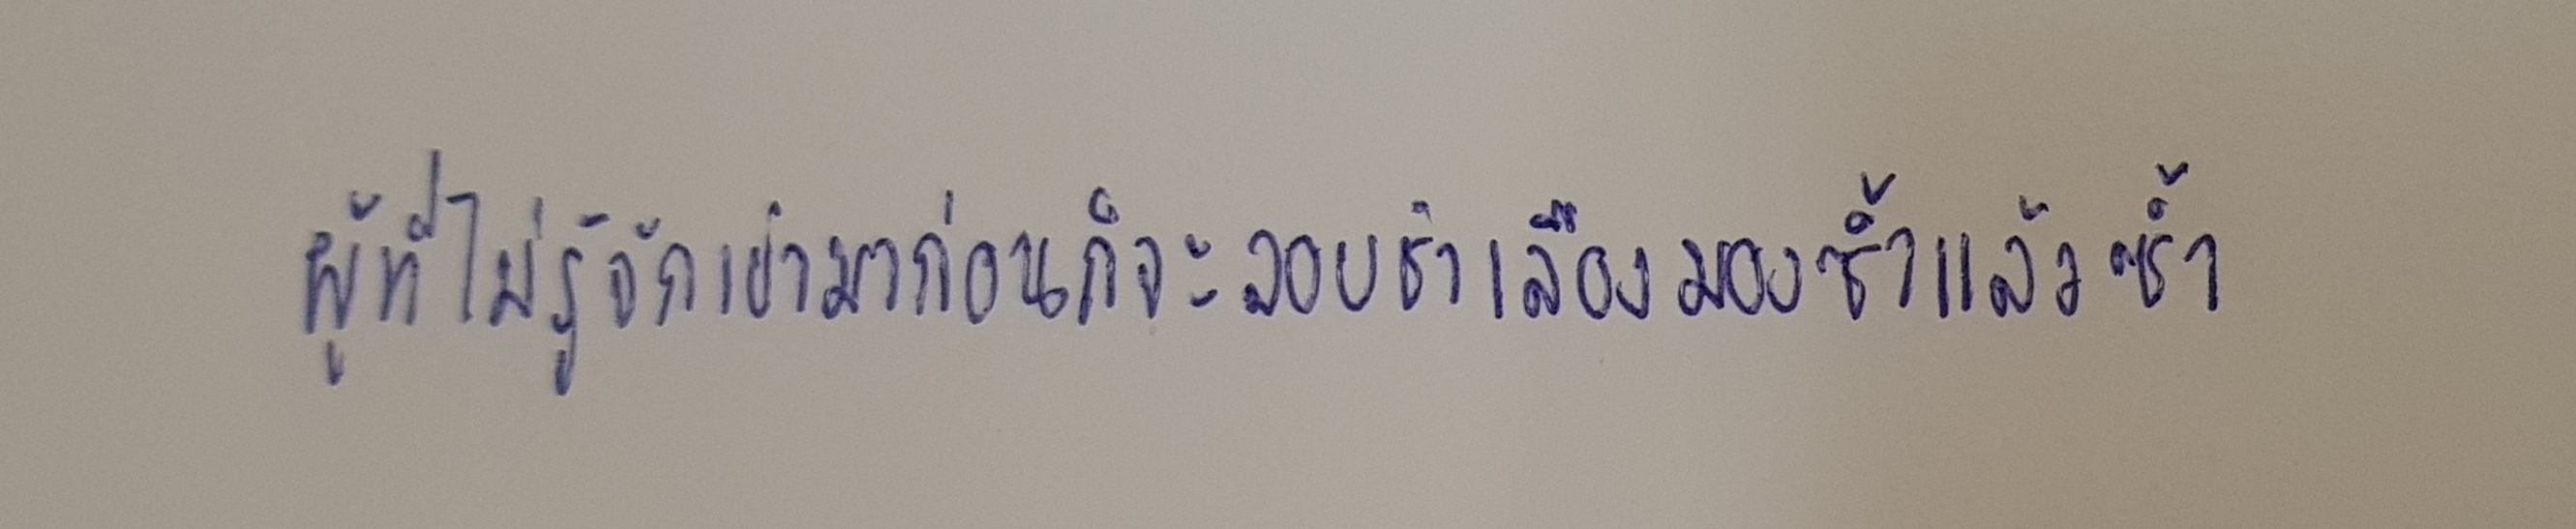
ผู้ที่ไม่รู้จักเขามาก่อนก็จะลอบชำเลืองมองซ้ำแล้วซ้ำ